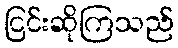
ငြင်းဆိုကြသည်